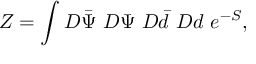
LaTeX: Z = \int D \bar { \Psi } ~ D \Psi ~ D \bar { d } ~ D d ~ e ^ { - S } ,